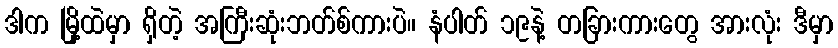
ဒါက မြို့ထဲမှာ ရှိတဲ့ အကြီးဆုံးဘတ်စ်ကားပဲ။ နံပါတ် ၁၉နဲ့ တခြားကားတွေ အားလုံး ဒီမှာ